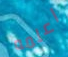
اعلمه